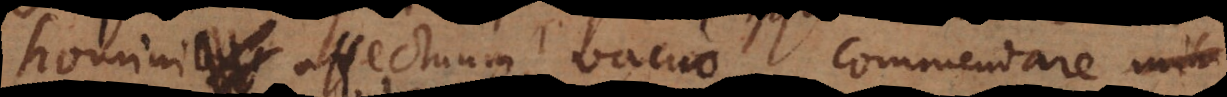
homini affectuum vacuo, commendare mihi